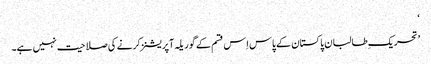
‘
’تحریک ِطالبان پاکستان کے پاس اِس قسم کے گوریلہ آپریشنز کرنے کی صلاحیت نہیں ہے۔